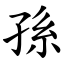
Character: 孫